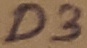
Text: D3